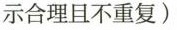
示合理且不重复)